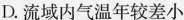
D.流域内气温年较差小